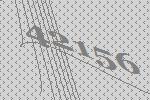
42156